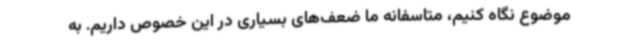
موضوع نگاه کنیم، متاسفانه ما ضعف‌های بسیاری در این خصوص داریم. به